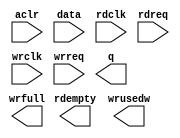
// megafunction wizard: %FIFO%VBB%
// GENERATION: STANDARD
// VERSION: WM1.0
// MODULE: dcfifo_mixed_widths 

// ============================================================
// Megafunction Name(s):
// 			dcfifo_mixed_widths
//
// Simulation Library Files(s):
// 			altera_mf
// ============================================================
// ************************************************************
// THIS IS A WIZARD-GENERATED FILE. DO NOT EDIT THIS FILE!
//
// 10.1 Build 197 01/19/2011 SP 1 SJ Full Version
// ************************************************************

//Copyright (C) 1991-2011 Altera Corporation
//Your use of Altera Corporation's design tools, logic functions 
//and other software and tools, and its AMPP partner logic 
//functions, and any output files from any of the foregoing 
//(including device programming or simulation files), and any 
//associated documentation or information are expressly subject 
//to the terms and conditions of the Altera Program License 
//Subscription Agreement, Altera MegaCore Function License 
//Agreement, or other applicable license agreement, including, 
//without limitation, that your use is for the sole purpose of 
//programming logic devices manufactured by Altera and sold by 
//Altera or its authorized distributors.  Please refer to the 
//applicable agreement for further details.

module rxfifo_8kx9_to_36 (
	aclr,
	data,
	rdclk,
	rdreq,
	wrclk,
	wrreq,
	q,
	rdempty,
	wrfull,
	wrusedw);

	input	  aclr;
	input	[8:0]  data;
	input	  rdclk;
	input	  rdreq;
	input	  wrclk;
	input	  wrreq;
	output	[35:0]  q;
	output	  rdempty;
	output	  wrfull;
	output	[12:0]  wrusedw;
`ifndef ALTERA_RESERVED_QIS
// synopsys translate_off
`endif
	tri0	  aclr;
`ifndef ALTERA_RESERVED_QIS
// synopsys translate_on
`endif

endmodule

// ============================================================
// CNX file retrieval info
// ============================================================
// Retrieval info: PRIVATE: AlmostEmpty NUMERIC "0"
// Retrieval info: PRIVATE: AlmostEmptyThr NUMERIC "-1"
// Retrieval info: PRIVATE: AlmostFull NUMERIC "0"
// Retrieval info: PRIVATE: AlmostFullThr NUMERIC "-1"
// Retrieval info: PRIVATE: CLOCKS_ARE_SYNCHRONIZED NUMERIC "0"
// Retrieval info: PRIVATE: Clock NUMERIC "4"
// Retrieval info: PRIVATE: Depth NUMERIC "8192"
// Retrieval info: PRIVATE: Empty NUMERIC "1"
// Retrieval info: PRIVATE: Full NUMERIC "1"
// Retrieval info: PRIVATE: INTENDED_DEVICE_FAMILY STRING "Stratix IV"
// Retrieval info: PRIVATE: LE_BasedFIFO NUMERIC "0"
// Retrieval info: PRIVATE: LegacyRREQ NUMERIC "1"
// Retrieval info: PRIVATE: MAX_DEPTH_BY_9 NUMERIC "0"
// Retrieval info: PRIVATE: OVERFLOW_CHECKING NUMERIC "0"
// Retrieval info: PRIVATE: Optimize NUMERIC "0"
// Retrieval info: PRIVATE: RAM_BLOCK_TYPE NUMERIC "0"
// Retrieval info: PRIVATE: SYNTH_WRAPPER_GEN_POSTFIX STRING "0"
// Retrieval info: PRIVATE: UNDERFLOW_CHECKING NUMERIC "0"
// Retrieval info: PRIVATE: UsedW NUMERIC "1"
// Retrieval info: PRIVATE: Width NUMERIC "9"
// Retrieval info: PRIVATE: dc_aclr NUMERIC "1"
// Retrieval info: PRIVATE: diff_widths NUMERIC "1"
// Retrieval info: PRIVATE: msb_usedw NUMERIC "0"
// Retrieval info: PRIVATE: output_width NUMERIC "36"
// Retrieval info: PRIVATE: rsEmpty NUMERIC "1"
// Retrieval info: PRIVATE: rsFull NUMERIC "0"
// Retrieval info: PRIVATE: rsUsedW NUMERIC "0"
// Retrieval info: PRIVATE: sc_aclr NUMERIC "0"
// Retrieval info: PRIVATE: sc_sclr NUMERIC "0"
// Retrieval info: PRIVATE: wsEmpty NUMERIC "0"
// Retrieval info: PRIVATE: wsFull NUMERIC "1"
// Retrieval info: PRIVATE: wsUsedW NUMERIC "1"
// Retrieval info: LIBRARY: altera_mf altera_mf.altera_mf_components.all
// Retrieval info: CONSTANT: INTENDED_DEVICE_FAMILY STRING "Stratix IV"
// Retrieval info: CONSTANT: LPM_NUMWORDS NUMERIC "8192"
// Retrieval info: CONSTANT: LPM_SHOWAHEAD STRING "OFF"
// Retrieval info: CONSTANT: LPM_TYPE STRING "dcfifo_mixed_widths"
// Retrieval info: CONSTANT: LPM_WIDTH NUMERIC "9"
// Retrieval info: CONSTANT: LPM_WIDTHU NUMERIC "13"
// Retrieval info: CONSTANT: LPM_WIDTHU_R NUMERIC "11"
// Retrieval info: CONSTANT: LPM_WIDTH_R NUMERIC "36"
// Retrieval info: CONSTANT: OVERFLOW_CHECKING STRING "ON"
// Retrieval info: CONSTANT: RDSYNC_DELAYPIPE NUMERIC "4"
// Retrieval info: CONSTANT: UNDERFLOW_CHECKING STRING "ON"
// Retrieval info: CONSTANT: USE_EAB STRING "ON"
// Retrieval info: CONSTANT: WRITE_ACLR_SYNCH STRING "OFF"
// Retrieval info: CONSTANT: WRSYNC_DELAYPIPE NUMERIC "4"
// Retrieval info: USED_PORT: aclr 0 0 0 0 INPUT GND "aclr"
// Retrieval info: USED_PORT: data 0 0 9 0 INPUT NODEFVAL "data[8..0]"
// Retrieval info: USED_PORT: q 0 0 36 0 OUTPUT NODEFVAL "q[35..0]"
// Retrieval info: USED_PORT: rdclk 0 0 0 0 INPUT NODEFVAL "rdclk"
// Retrieval info: USED_PORT: rdempty 0 0 0 0 OUTPUT NODEFVAL "rdempty"
// Retrieval info: USED_PORT: rdreq 0 0 0 0 INPUT NODEFVAL "rdreq"
// Retrieval info: USED_PORT: wrclk 0 0 0 0 INPUT NODEFVAL "wrclk"
// Retrieval info: USED_PORT: wrfull 0 0 0 0 OUTPUT NODEFVAL "wrfull"
// Retrieval info: USED_PORT: wrreq 0 0 0 0 INPUT NODEFVAL "wrreq"
// Retrieval info: USED_PORT: wrusedw 0 0 13 0 OUTPUT NODEFVAL "wrusedw[12..0]"
// Retrieval info: CONNECT: @aclr 0 0 0 0 aclr 0 0 0 0
// Retrieval info: CONNECT: @data 0 0 9 0 data 0 0 9 0
// Retrieval info: CONNECT: @rdclk 0 0 0 0 rdclk 0 0 0 0
// Retrieval info: CONNECT: @rdreq 0 0 0 0 rdreq 0 0 0 0
// Retrieval info: CONNECT: @wrclk 0 0 0 0 wrclk 0 0 0 0
// Retrieval info: CONNECT: @wrreq 0 0 0 0 wrreq 0 0 0 0
// Retrieval info: CONNECT: q 0 0 36 0 @q 0 0 36 0
// Retrieval info: CONNECT: rdempty 0 0 0 0 @rdempty 0 0 0 0
// Retrieval info: CONNECT: wrfull 0 0 0 0 @wrfull 0 0 0 0
// Retrieval info: CONNECT: wrusedw 0 0 13 0 @wrusedw 0 0 13 0
// Retrieval info: GEN_FILE: TYPE_NORMAL rxfifo_8kx9_to_36.v TRUE
// Retrieval info: GEN_FILE: TYPE_NORMAL rxfifo_8kx9_to_36.inc FALSE
// Retrieval info: GEN_FILE: TYPE_NORMAL rxfifo_8kx9_to_36.cmp FALSE
// Retrieval info: GEN_FILE: TYPE_NORMAL rxfifo_8kx9_to_36.bsf FALSE
// Retrieval info: GEN_FILE: TYPE_NORMAL rxfifo_8kx9_to_36_inst.v TRUE
// Retrieval info: GEN_FILE: TYPE_NORMAL rxfifo_8kx9_to_36_bb.v TRUE
// Retrieval info: LIB_FILE: altera_mf